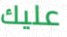
عليك